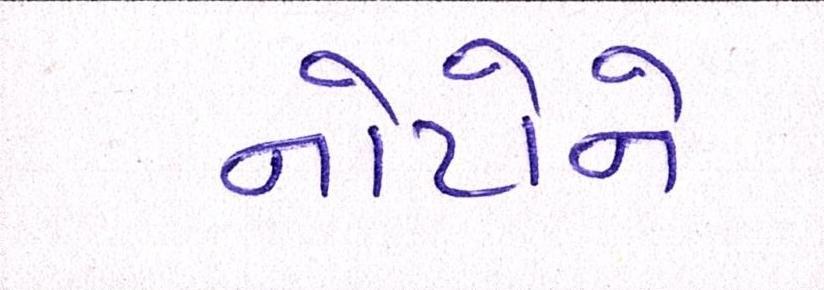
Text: નોટોને